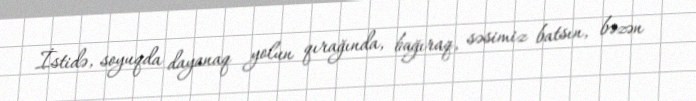
İstidə, soyuqda dayanaq yolun qırağında, bağıraq, səsimiz batsın, bəzən